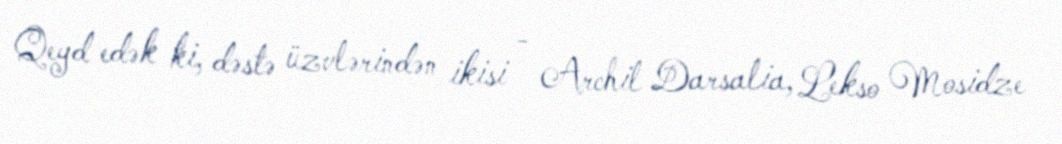
Qeyd edək ki, dəstə üzvlərindən ikisi - Archil Darsalia, Lekso Mosidze